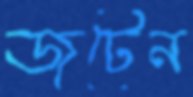
জুটেন